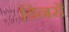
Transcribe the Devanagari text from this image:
डिनरों